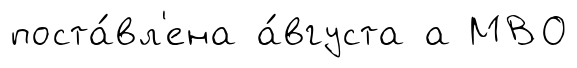
поста́вл'ена а́вгуста а МВО